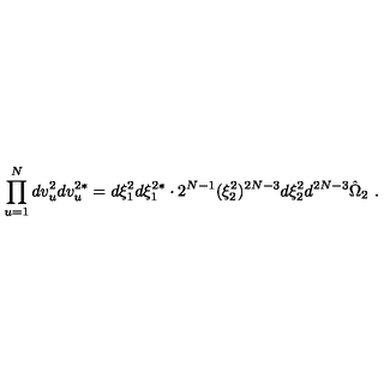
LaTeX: \prod _ { u = 1 } ^ { N } d v _ { u } ^ { 2 } d v _ { u } ^ { 2 * } = d \xi _ { 1 } ^ { 2 } d \xi _ { 1 } ^ { 2 * } \cdot 2 ^ { N - 1 } ( \xi _ { 2 } ^ { 2 } ) ^ { 2 N - 3 } d \xi _ { 2 } ^ { 2 } d ^ { 2 N - 3 } \hat { \Omega } _ { 2 } \ .